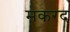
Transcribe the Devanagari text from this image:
मकरद